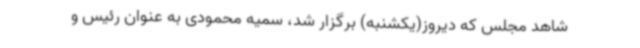
شاهد مجلس که دیروز(یکشنبه) برگزار شد، سمیه محمودی به عنوان رئیس و